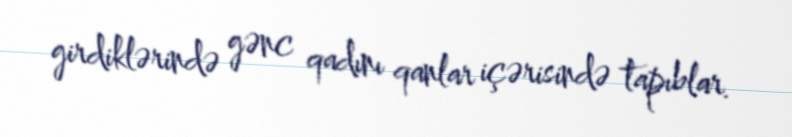
girdiklərində gənc qadını qanlar içərisində tapıblar.